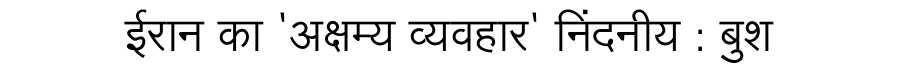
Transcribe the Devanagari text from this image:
ईरान का 'अक्षम्य व्यवहार' निंदनीय : बुश